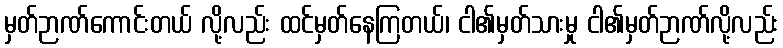
မှတ်ဉာဏ်ကောင်းတယ် လို့လည်း ထင်မှတ်နေကြတယ်၊ ငါ၏မှတ်သားမှု ငါ၏မှတ်ဉာဏ်လို့လည်း